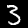
Label: 3